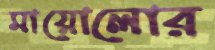
মায়োলোর